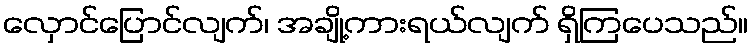
လှောင်ပြောင်လျက်၊ အချို့ကားရယ်လျက် ရှိကြပေသည်။